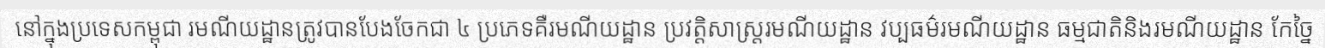
នៅក្នុងប្រទេសកម្ពុជា រមណីយដ្ឋានត្រូវបានបែងចែកជា ៤ ប្រភេទគឺរមណីយដ្ឋាន ប្រវត្តិសាស្ត្ររមណីយដ្ឋាន វប្បធម៌រមណីយដ្ឋាន ធម្មជាតិនិងរមណីយដ្ឋាន កែច្នៃ